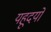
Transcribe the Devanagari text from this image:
यहूदयों